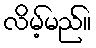
လိမ့်မည်။